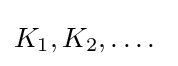
K_{1},K_{2},\ldots .\